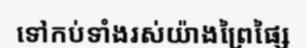
ទៅកប់ទាំងរស់យ៉ាងព្រៃផ្សៃ